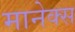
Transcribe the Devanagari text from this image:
मानेक्स